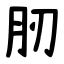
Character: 肕